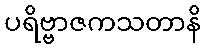
ပရိဗ္ဗာဇကသတာနိ